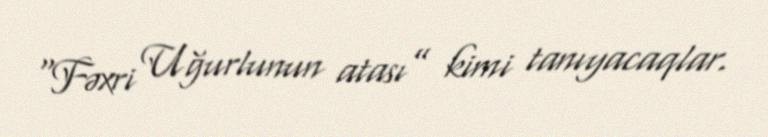
“Fəxri Uğurlunun atası” kimi tanıyacaqlar.